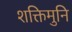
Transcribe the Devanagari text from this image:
शक्तिमुनि